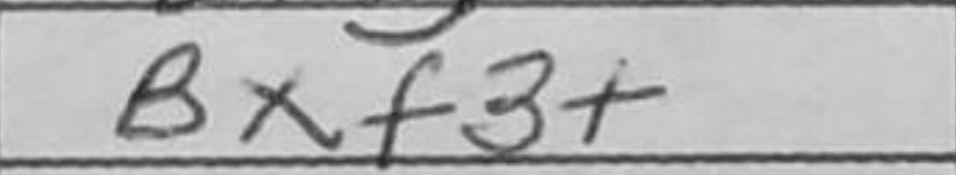
Transcription: Bxf3+